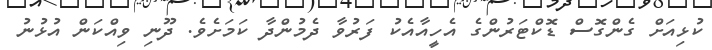
ކުޅިއަށް ގެންގޮސް ޑޮކްޓަރުންގެ އެހީއާއެކު ފަރުވާ ދެމުންދާ ކަމަށެވެ. ދޫނި ވިއްކަން އުޅުނު